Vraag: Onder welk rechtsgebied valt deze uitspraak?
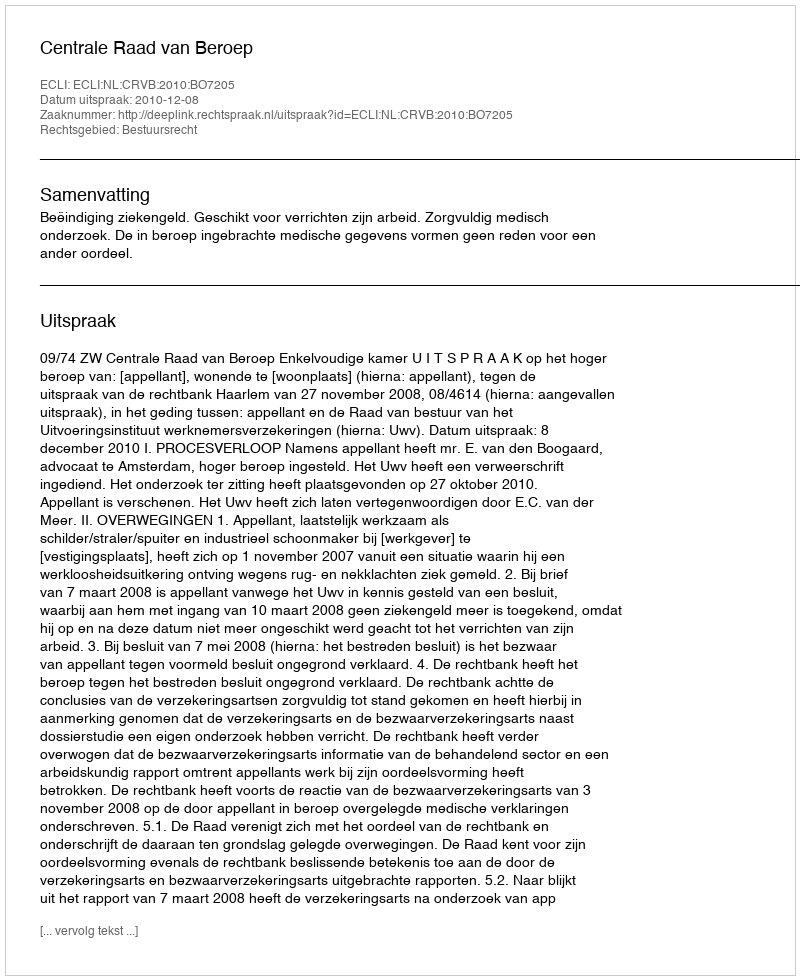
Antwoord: Bestuursrecht